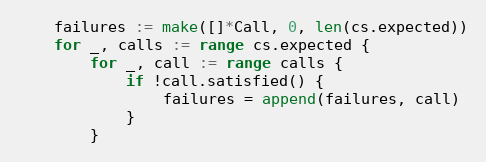
Language: Go
	failures := make([]*Call, 0, len(cs.expected))
	for _, calls := range cs.expected {
		for _, call := range calls {
			if !call.satisfied() {
				failures = append(failures, call)
			}
		}